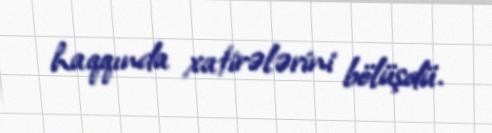
haqqında xatirələrini bölüşdü.